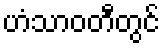
ဟံသာဝတီတွင်